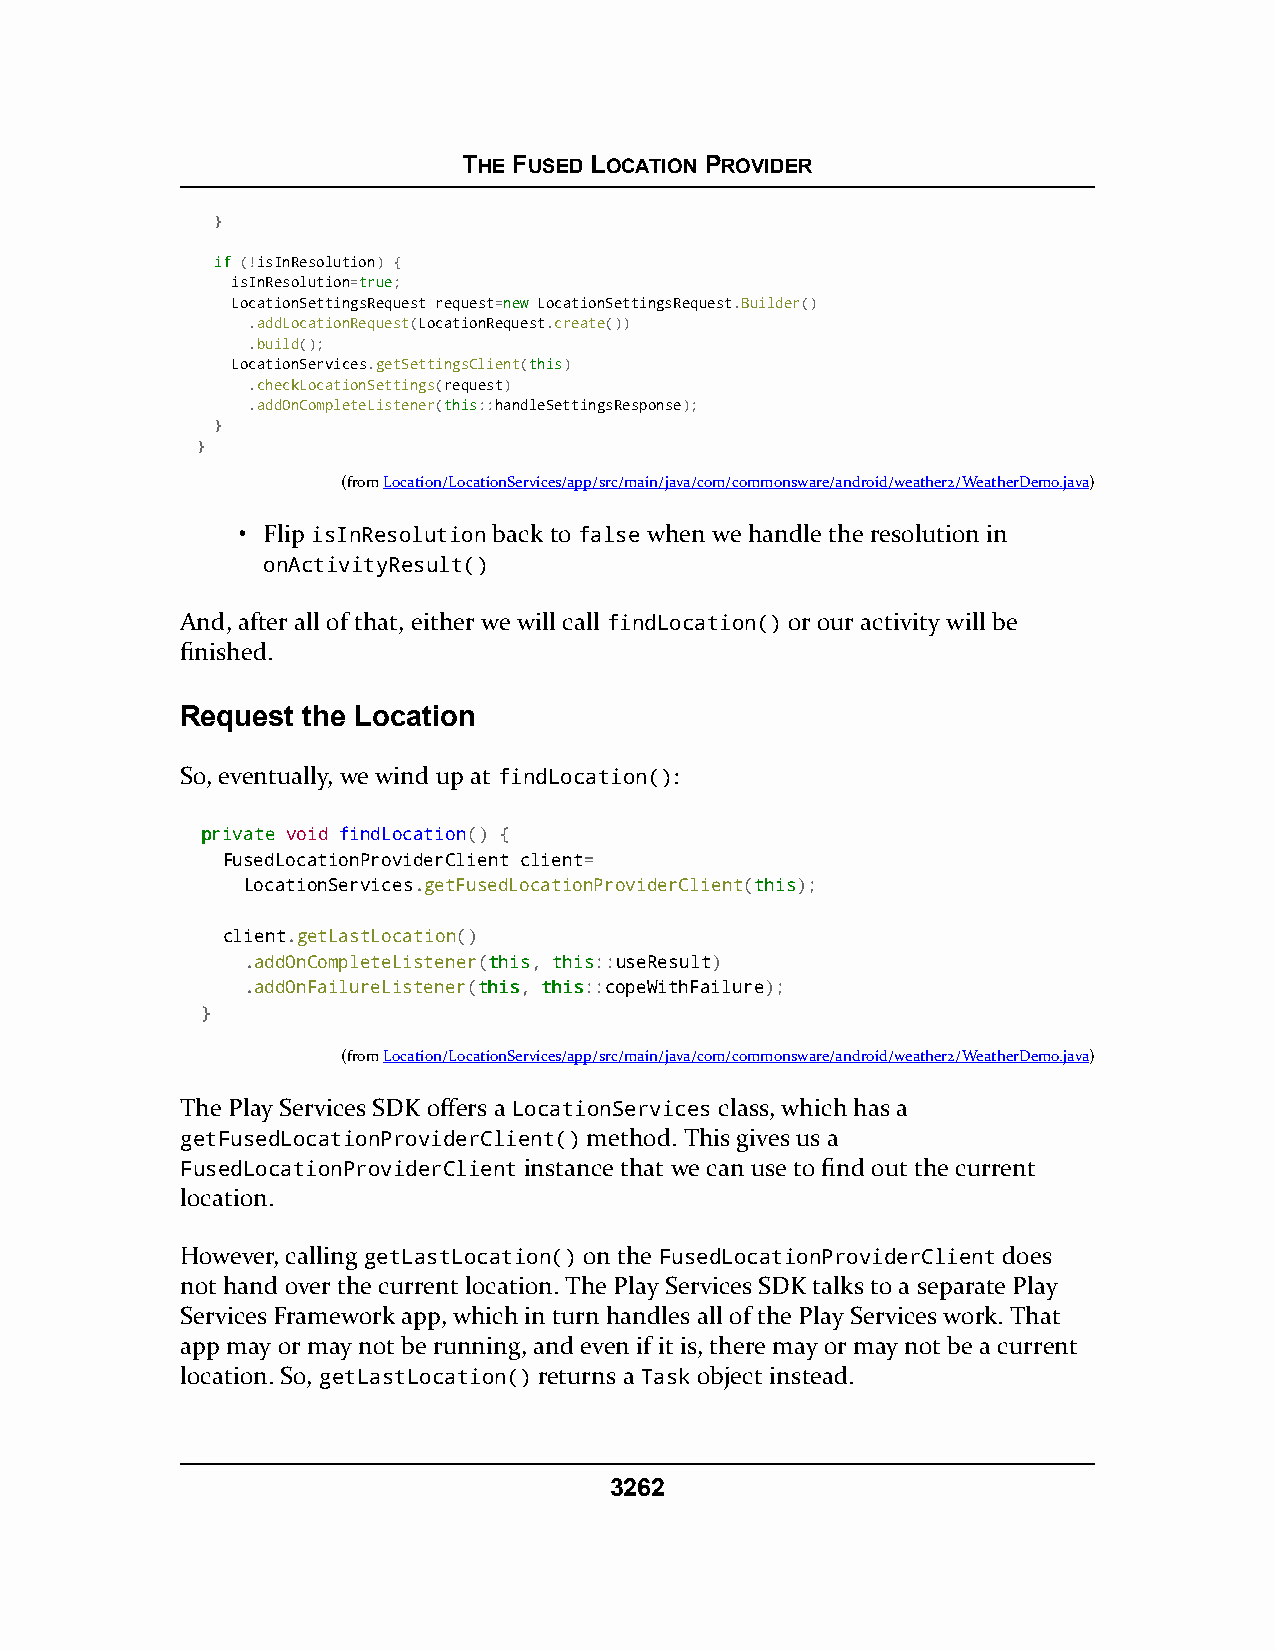
THE FUSED LOCATION PROVIDER
 }
 iiff (!isInResolution) {
 isInResolution=ttrruuee;
 LocationSettingsRequest request=nneeww LocationSettingsRequest.Builder()
 .addLocationRequest(LocationRequest.create())
 .build();
 LocationServices.getSettingsClient(tthhiiss)
 .checkLocationSettings(request)
 .addOnCompleteListener(tthhiiss::handleSettingsResponse);
 }
 }
 (fromLocation/LocationServices/app/src/main/java/com/commonsware/android/weather2/WeatherDemo.java)
 • Flip isInResolution back to false when we handle the resolution in
 onActivityResult()
 And, after all of that, either we will call findLocation() or our activity will be
 finished.
 Request the Location
 So, eventually, we wind up at findLocation():
 pprriivvaattee void findLocation() {
 FusedLocationProviderClient client=
 LocationServices.getFusedLocationProviderClient(tthhiiss);
 client.getLastLocation()
 .addOnCompleteListener(tthhiiss, tthhiiss::useResult)
 .addOnFailureListener(tthhiiss, tthhiiss::copeWithFailure);
 }
 (fromLocation/LocationServices/app/src/main/java/com/commonsware/android/weather2/WeatherDemo.java)
 The Play Services SDK offers a LocationServices class, which has a
 getFusedLocationProviderClient() method. This gives us a
 FusedLocationProviderClient instance that we can use to find out the current
 location.
 However, calling getLastLocation() on the FusedLocationProviderClient does
 not hand over the current location. The Play Services SDK talks to a separate Play
 Services Framework app, which in turn handles all of the Play Services work. That
 app may or may not be running, and even if it is, there may or may not be a current
 location. So, getLastLocation() returns a Task object instead.
 3262